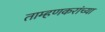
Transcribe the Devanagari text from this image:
ताम्हणकरांच्या